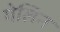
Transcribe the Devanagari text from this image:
गेलिन